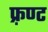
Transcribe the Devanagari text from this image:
फ़्रण्ट